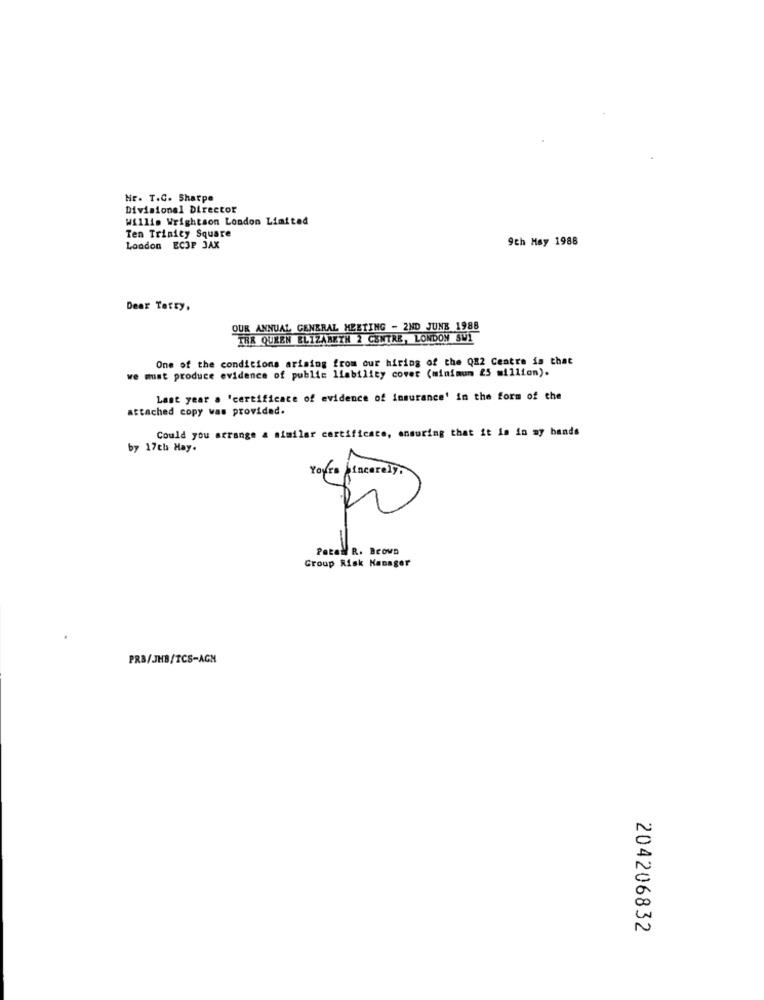
Nr. T.C. Sharpe
Divisionel Director
Willie Wrightson London Limited
Ten Trinity Square
9th May 1986
London EC3P JAX
Dear Tatty.
OUR ANNUAL GENERAL MEETING - 2ND JUNE 1988
THE QUEEN ELIZABETH 2 CENTRE, LONDON SWI
One of the conditions arising from our hiring of the QX2 Centre is that
we must produce evidence of public liability cover (minimum 25 million).
Last year . 'certificate of evidence of insurance' in the form of the
attached copy was provided.
Could you arrange a similar certificate, ensuring that it is in my bands
by 17th May.
Yours Sincerely.
POLON R. Brown
Group Risk Manager
PRB/JHB/TCS-AGN
204206832